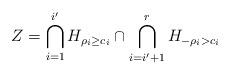
LaTeX: \begin{align*}Z=\bigcap_{i=1}^{i'} H_{\rho_i\geq c_i}\cap\bigcap_{i=i'+1}^rH_{-\rho_i> c_i} \end{align*}